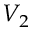
V _ { 2 }